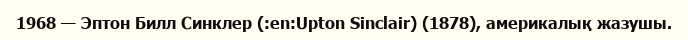
1968 — Эптон Билл Синклер (:en:Upton Sinclair) (1878), америкалық жазушы.